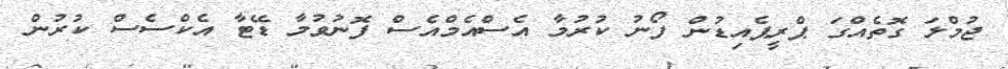
ޖުމްލަ ގޮތެއްގަ ޕްރީޕެއިޑުން ފޯނު ކުރުމާ އެސްއެމްއެސް ފޮނުވުމާ ޑޭޓާ އެކްސެސް ކުރުން